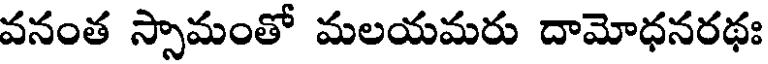
వనంత స్సామంతో మలయమరు దామోధనరథః